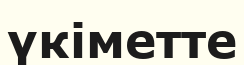
үкіметте